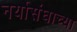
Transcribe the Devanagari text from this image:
नर्योसंघाच्या